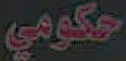
حكومي